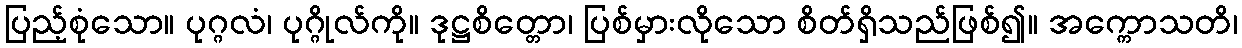
ပြည့်စုံသော။ ပုဂ္ဂလံ၊ ပုဂ္ဂိုလ်ကို။ ဒုဋ္ဌစိတ္တော၊ ပြစ်မှားလိုသော စိတ်ရှိသည်ဖြစ်၍။ အက္ကောသတိ၊